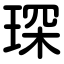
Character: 琛